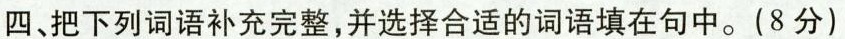
四、把下列词语补充完整，并选择合适的词语填在句中。(8分)